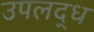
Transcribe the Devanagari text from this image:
उपलद्ध